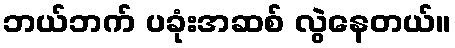
ဘယ်ဘက် ပခုံးအဆစ် လွဲနေတယ်။